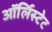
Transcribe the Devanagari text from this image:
ऑर्लिस्टेट